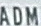
ADMA